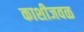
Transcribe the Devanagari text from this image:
काशीजवळ